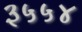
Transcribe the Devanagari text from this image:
३५५४